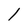
Character: l